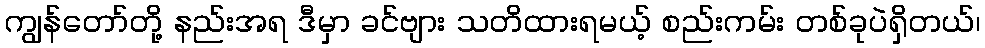
ကျွန်တော်တို့ နည်းအရ ဒီမှာ ခင်ဗျား သတိထားရမယ့် စည်းကမ်း တစ်ခုပဲရှိတယ်၊